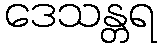
ဒေသန္တရ